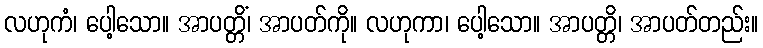
လဟုကံ၊ ပေါ့သော။ အာပတ္တိံ၊ အာပတ်ကို။ လဟုကာ၊ ပေါ့သော။ အာပတ္တိ၊ အာပတ်တည်း။